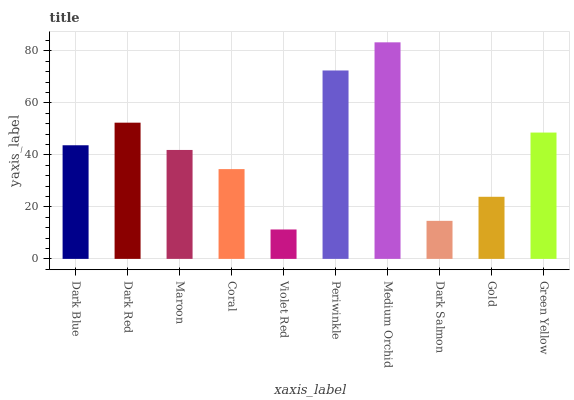
| xaxis_label | bars |
 | --- | --- |
 | Dark Blue | 43.7 |
 | Dark Red | 52.4 |
 | Maroon | 41.9 |
 | Coral | 34.5 |
 | Violet Red | 11.3 |
 | Periwinkle | 72.5 |
 | Medium Orchid | 83.3 |
 | Dark Salmon | 14.6 |
 | Gold | 23.9 |
 | Green Yellow | 48.6 |